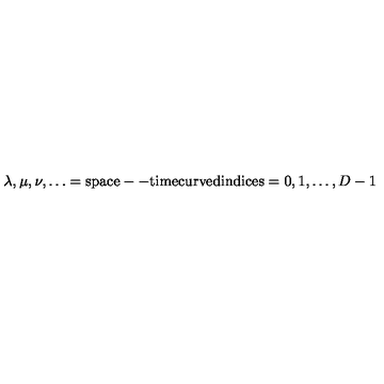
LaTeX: \lambda , \mu , \nu , \dots = \mathrm { s p a c e -- t i m e c u r v e d i n d i c e s } = 0 , 1 , \dots , D - 1